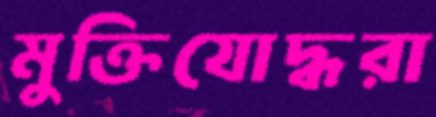
মুক্তিযোদ্ধরা